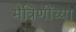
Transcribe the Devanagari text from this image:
मैत्रिणींच्या